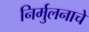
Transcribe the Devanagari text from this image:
निर्मुलनाचे